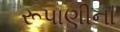
રૂપાણીના